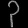
Digit: ၃